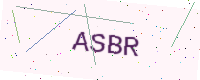
Text: ASBR